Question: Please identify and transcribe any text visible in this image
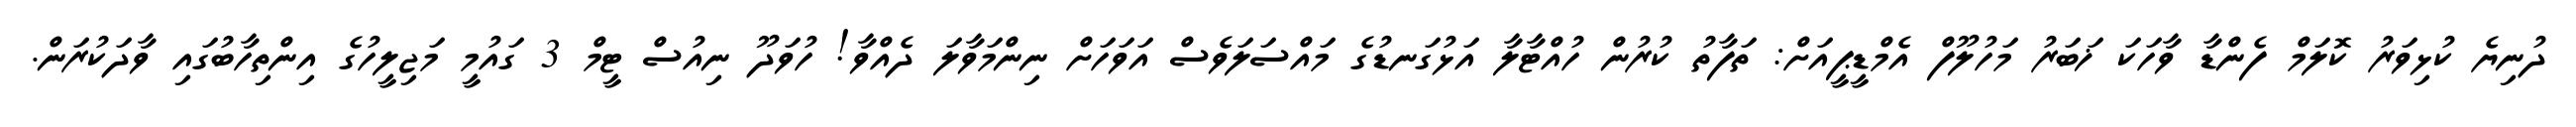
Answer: ދުނިޔެ ކުޅިވަރު ކޮލަމް ފެންޑާ ވާހަކަ ޚަބަރު މަހުލޫފް އެމްޑީޕީއަށް: ތަފާތު ކުރުން ހުއްޓާލާ އަޅުގަނޑުގެ މައްސަލަވެސް އަވަހަށް ނިންމަވާލަ ދެއްވާ! ހުވަދޫ ނިއުސް ޓީމް 3 ގައުމީ މަޖިލީހުގެ އިންތިހާބުގައި ވާދަކުރަން.